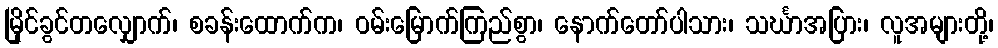
မြိုင်ခွင်တလျှောက်၊ စခန်းထောက်က၊ ဝမ်းမြောက်ကြည်စွာ၊ နောက်တော်ပါသား၊ သင်္ဃာအပြား၊ လူအများတို့၊